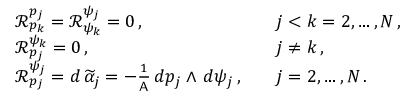
\begin{array} { r l r l } & { \mathcal { R } ^ { p _ { j } } _ { p _ { k } } = \mathcal { R } ^ { \psi _ { j } } _ { \psi _ { k } } = 0 \, , } & & { j < k = 2 , \hdots , N \, , } \\ & { \mathcal { R } ^ { \psi _ { k } } _ { p _ { j } } = 0 \, , } & & { j \neq k \, , } \\ & { \mathcal { R } ^ { \psi _ { j } } _ { p _ { j } } = d \, \widetilde { \alpha } _ { j } = - \frac { 1 } { \mathsf { A } } \, d p _ { j } \wedge \, d \psi _ { j } \, , } & & { j = 2 , \hdots , N \, . } \end{array}